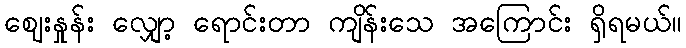
ဈေးနှုန်း လျှော့ ရောင်းတာ ကျိန်းသေ အကြောင်း ရှိရမယ်။